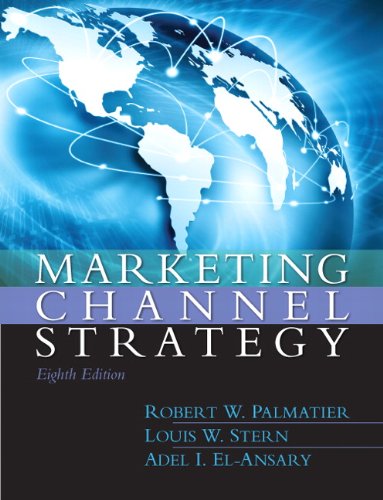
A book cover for Marketing Channel Strategy (8th Edition); Robert Palmatier; Business & Money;